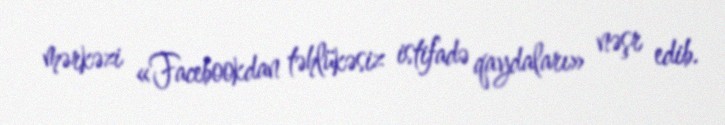
mərkəzi «Facebookdan təhlükəsiz istifadə qaydaları» nəşr edib.